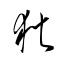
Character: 狄